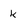
Character: k